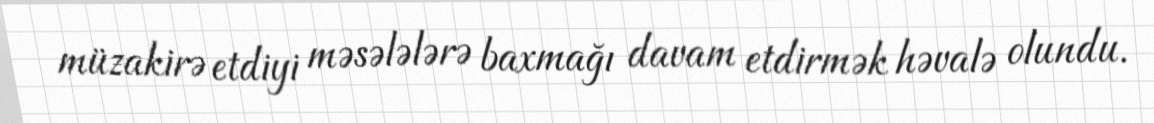
müzakirə etdiyi məsələlərə baxmağı davam etdirmək həvalə olundu.